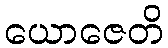
ယောဇေတိ